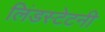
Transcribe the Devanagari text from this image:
लिंडस्टेटनी